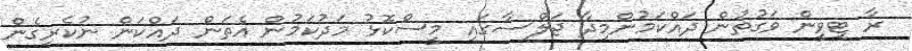
ރާ ޓީވީން ވަގުތުން ދައްކަމުންމިދާ ޖަލްސާގައި މީސްކޮޅު މަދުކަމުން އެތަން ދައްކަން ނުކެރިގެން